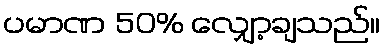
ပမာဏ 50% လျှော့ချသည်။